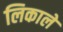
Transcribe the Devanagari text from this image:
लिकाले